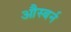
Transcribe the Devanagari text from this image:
औस्बर्न